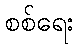
စစ်ရေး